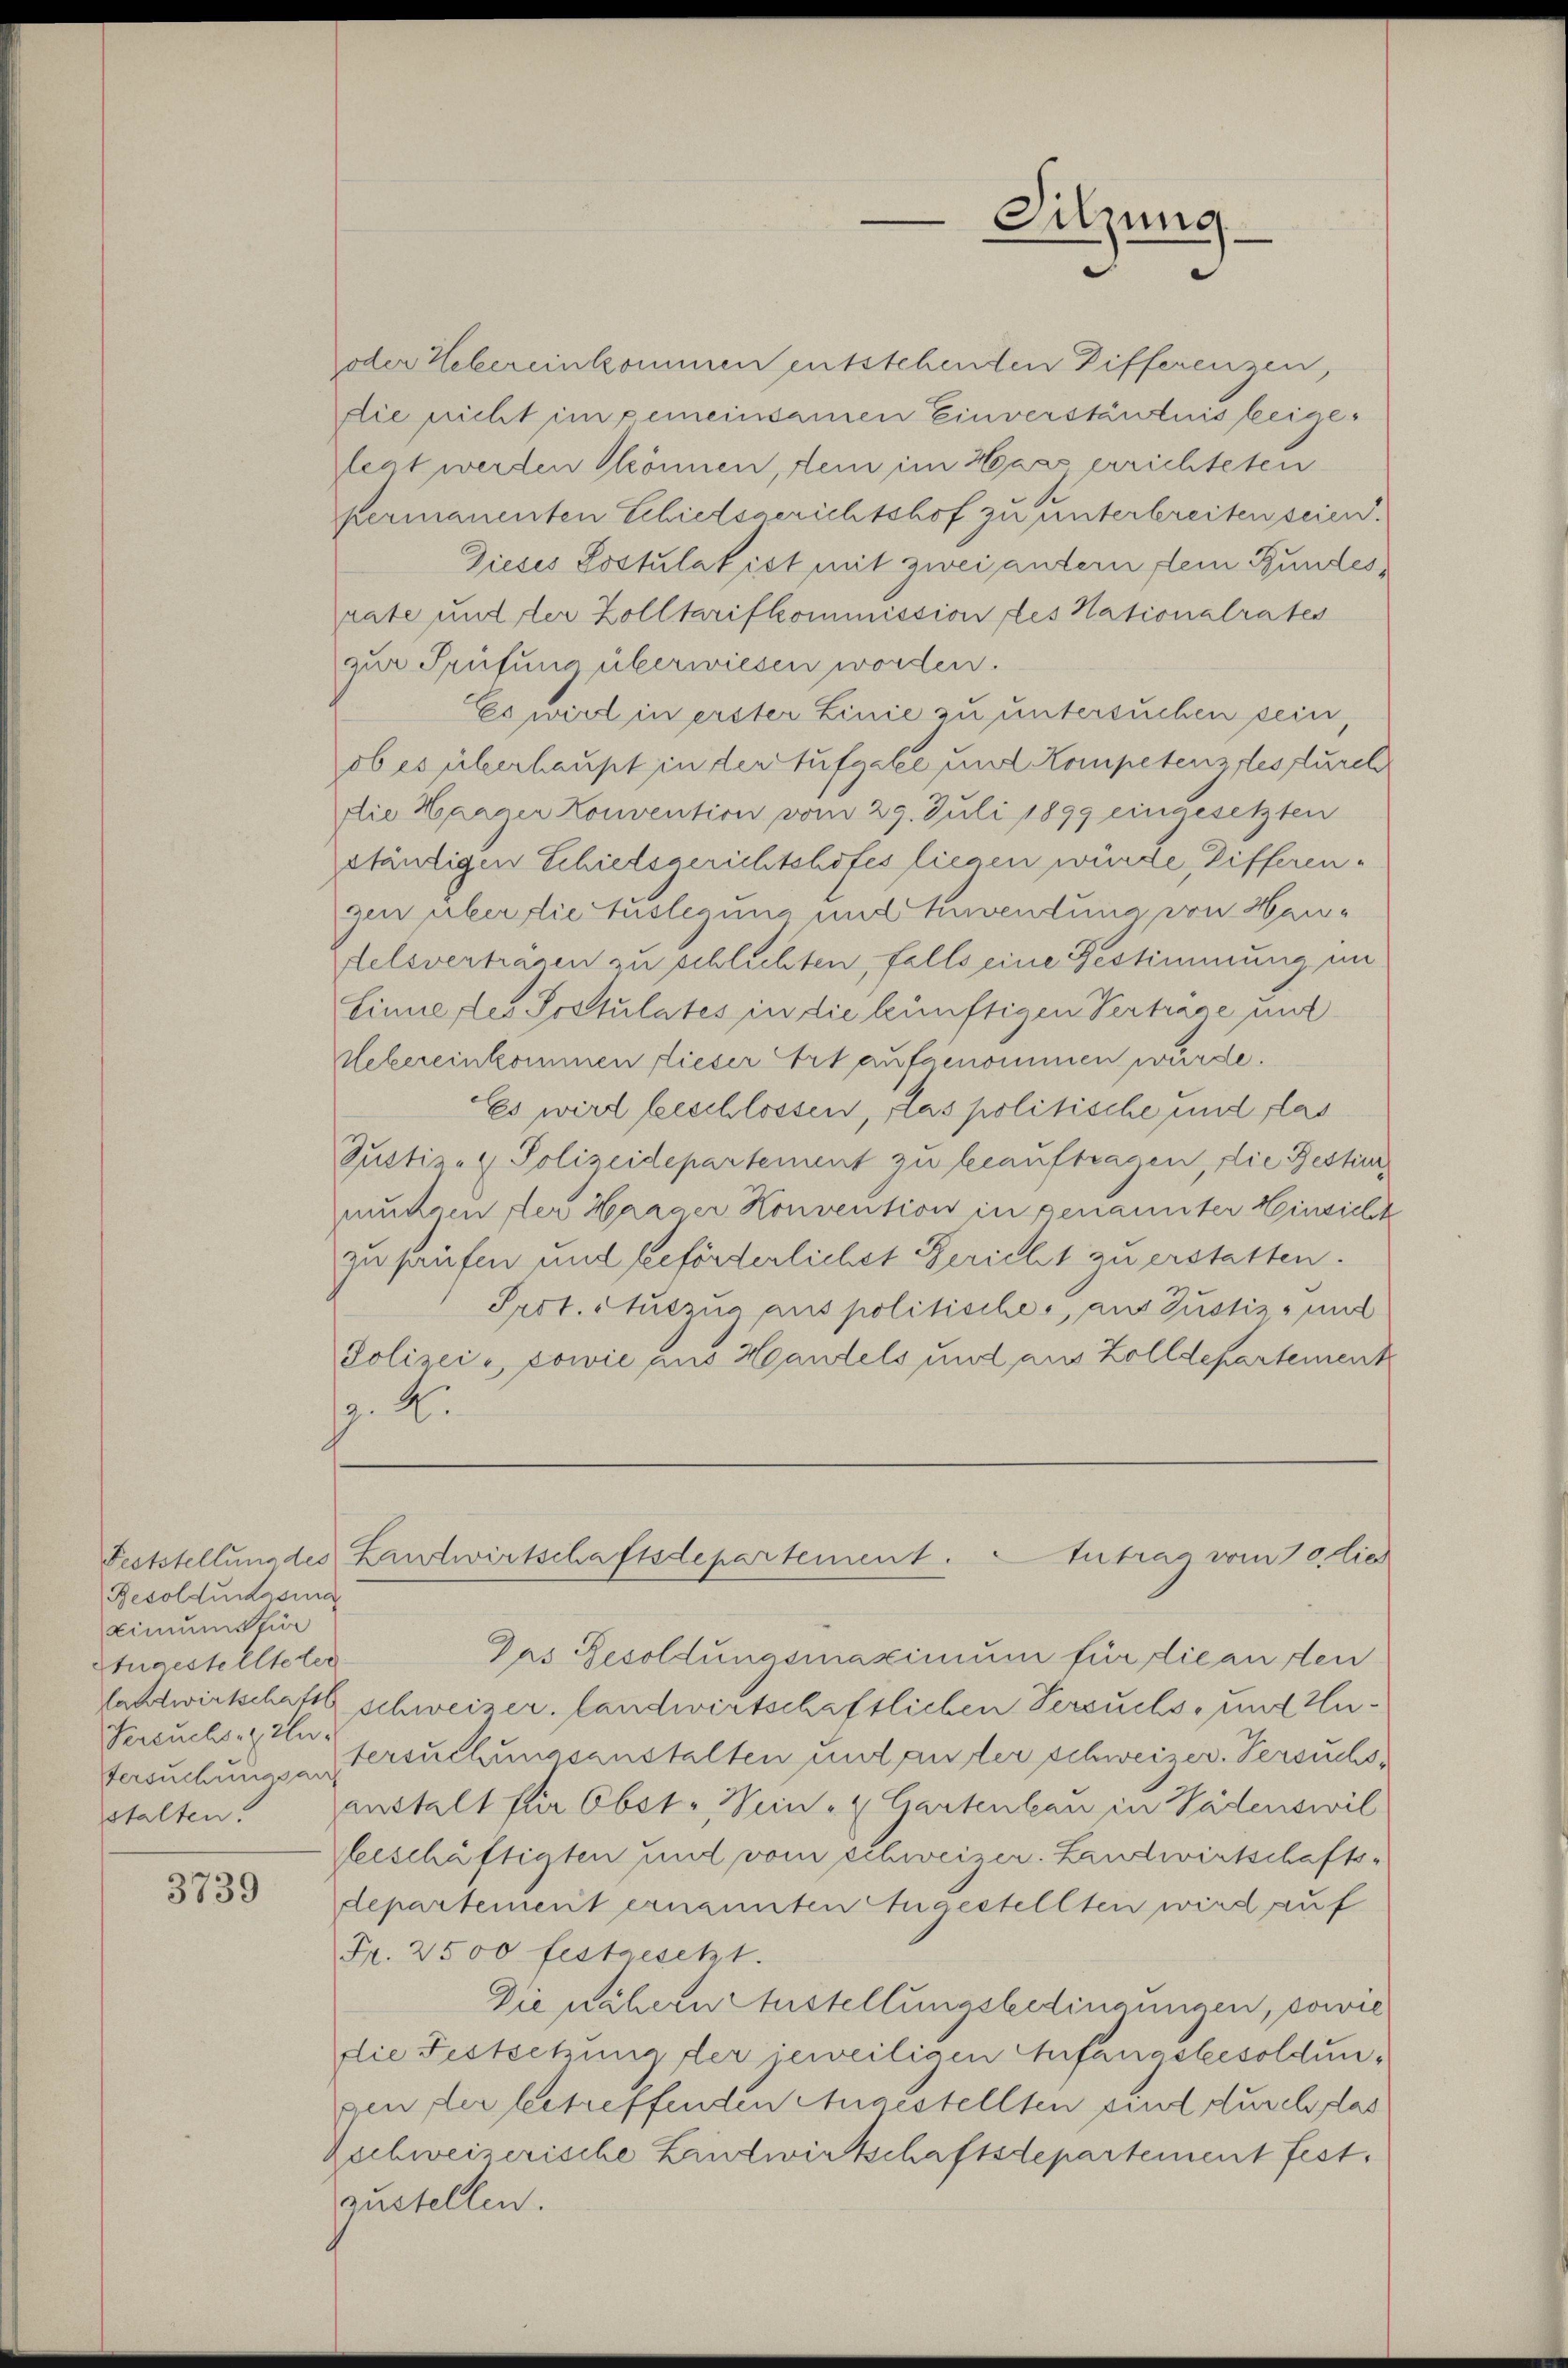
Besoldungsina
Limumstän
Atugestellteter
Versuchs zins

3739

oder Hebereinkommen entstehenden Differenzen,
die nicht im gemeinsamen Einverständnis beigelegt werden können, dein im Haas errichteten
permanenten Schiedsgerichtshof zu unterbreiten sein.
Dieses Postulatist mit zwei andern dein Bundes
rate und der Zolltarifkommission des Nationalrates
zur Prüfung überwiesen worden.
Es wird in erster Linie zu untersuchen sein,
ob es überhaupt in der Aufgabe und Kompetenzfesfurch
die Hander Konvention vom 29. Juli 1899 eingesetzten
ständigen Schiedsgerichtshofes liegen würde, Zifferengen über die Auslegung und Anwendung von Handelsverträgen zu schlichten, falls eine Bestimmung in
Linne des Postulates in die künftigen Vertrage und
Uebereinkommen dieser Art aufgenommen wurde.
Es wird leischlossen, las politische und flas
Justiz- & Polizeidepartement zu beauftragen, die Bestier
muhren der Haager Konvention in genannter Hinsicht
zu prüfen und beförderlichet Gericht zu erstatten.
Prot. Auszug aus politisches, aus Justiz- und
Polizei, sowie aus Handels und aus Zolldepartement
p. A

Das Gesoldungsmaximum für die an den
Eallwirtschaft schweizer, landwirtschaftlichen Versuchs, und Hu¬
Versuchungs-Versuchungsanstalten und ander schweizer. Versuchssstalten! Ganstalt für Obst. Wein- u Gartenbau in Wädenswil
gerschäftigten und vom schweizer. Landwirtschafts-
departement ernannten Augestellten wird auf
Fr. 2500 festgesetzt.
Die nähern zustellungsbedingungen, sowie
die Festsetzung der jeweiligen Anfangsbesoldunsen der betreffenden Angestellten sind durch das
Zschweizerische Lindtwirtschaftsdepartement fest.
zustellen.

Sitzung
e

Feststellundes Landwirtschaftsdepartement. Antrag vom 10. dies